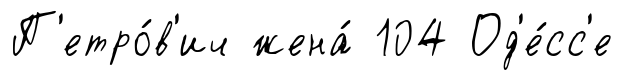
П'етро́в'ич жена́ 104 Од'е́сс'е